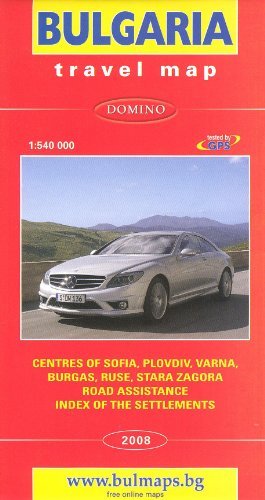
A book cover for Bulgaria 1:540,000 Travel Map with city plans DOMINO; Domino; Travel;